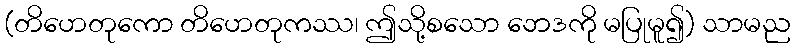
(တိဟေတုကော တိဟေတုကဿ၊ ဤသို့စသော ဘေဒကို မပြုမူ၍) သာမည